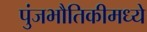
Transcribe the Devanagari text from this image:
पुंजभौतिकीमध्ये